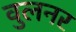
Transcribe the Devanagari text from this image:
वुलनर